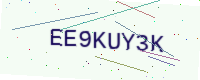
Text: EE9KUY3K